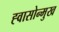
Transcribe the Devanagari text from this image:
ह्वासोन्मुख